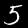
Label: 5